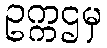
ဥက္ကဌမှ